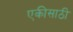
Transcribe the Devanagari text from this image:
एकीसाठी